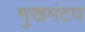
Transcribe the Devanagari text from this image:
मुखमंटप